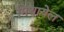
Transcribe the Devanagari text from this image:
मिथायेल